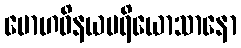
မောဟဝိနယပရိယောသာနော